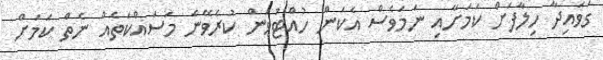
ގަވައިދާ ހިލާފަށް ކަމަށާއި ނަމަވެސް އެކަން ހުއްޓުވަން ކުރެވޭނެ މަސައްކަތެއް ނެތް ކަމަށް